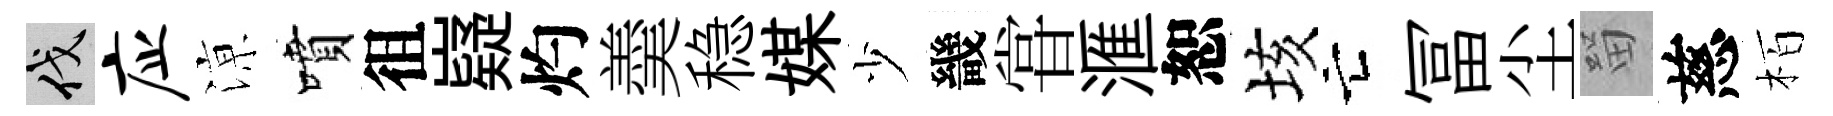
伐应鿌噴徂嶷灼羮稳媒少畿甞滙恕垓亡冨尘㽞慈栢